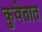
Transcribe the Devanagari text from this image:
कुवेतात